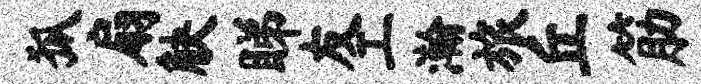
狐扇觖睇友工瀚旅丘筋